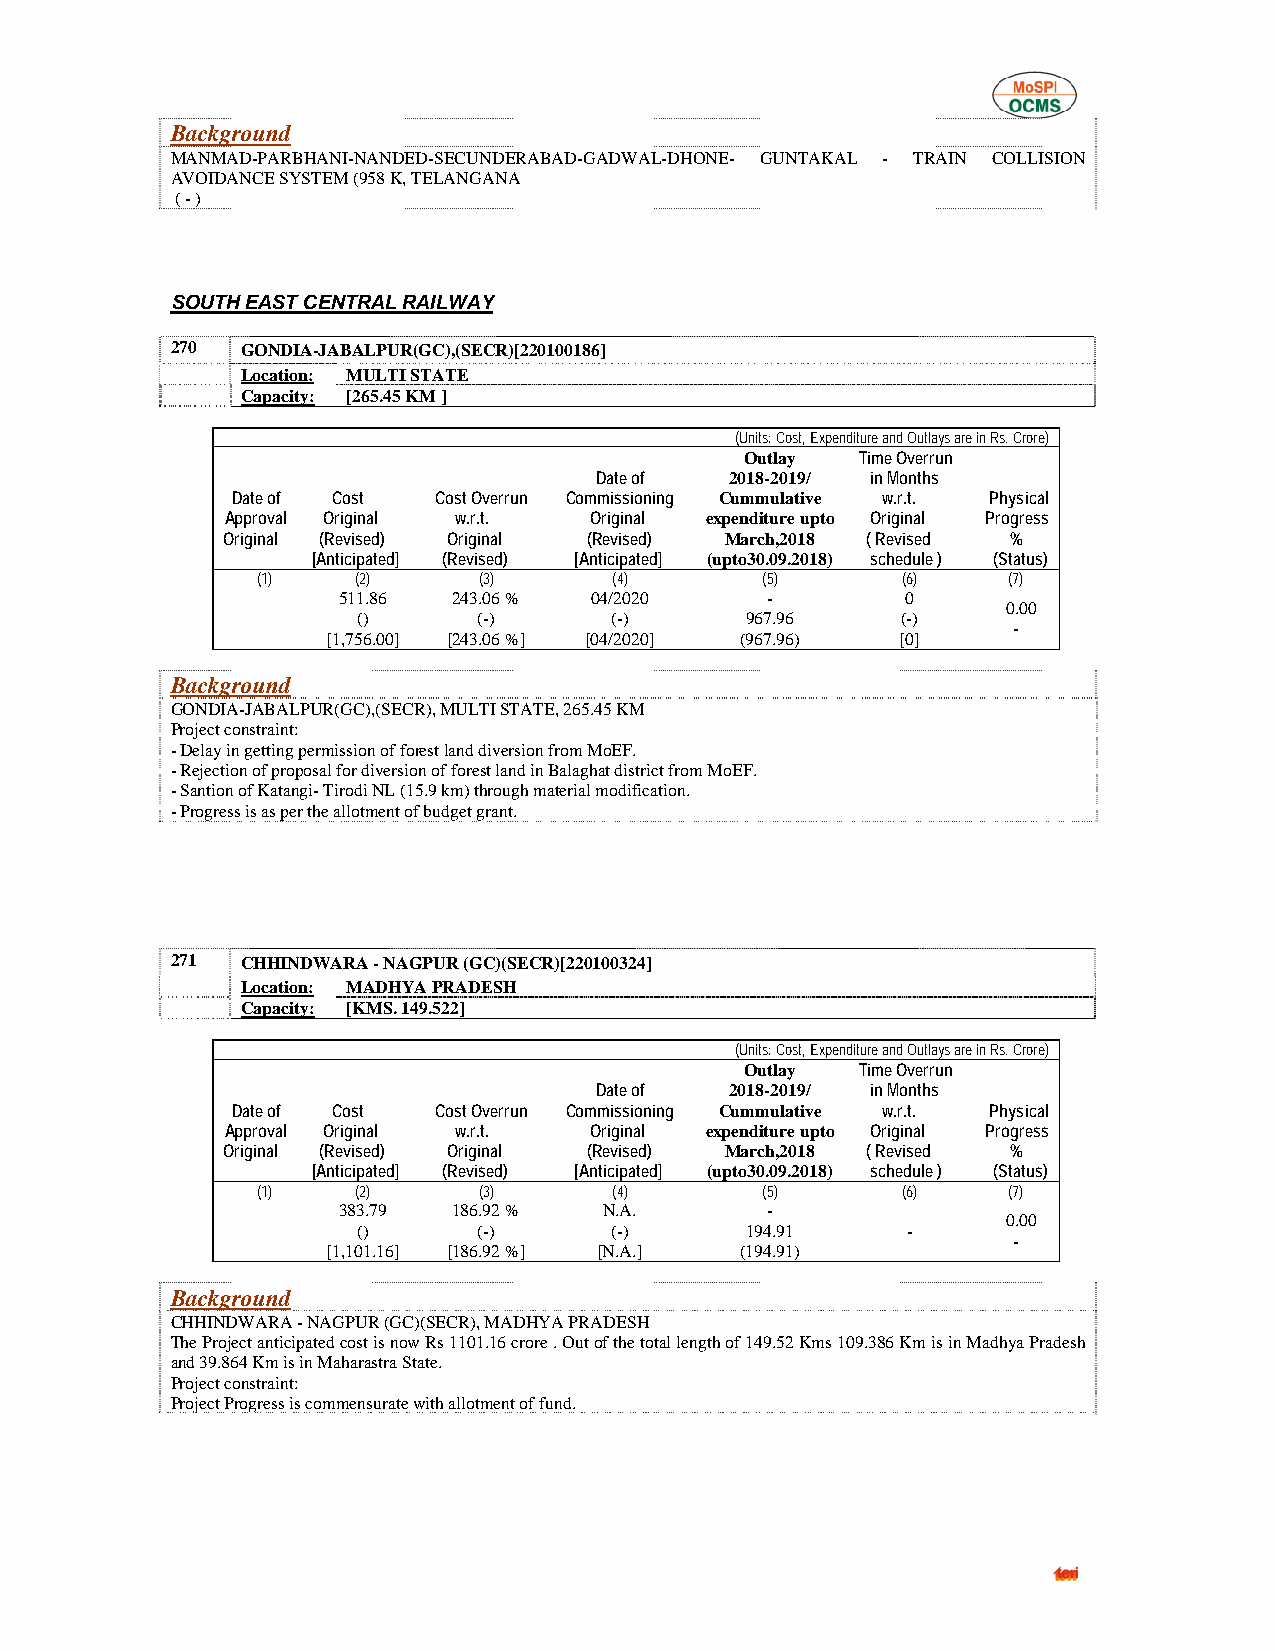
Background
 MANMAD-PARBHANI-NANDED-SECUNDERABAD-GADWAL-DHONE- GUNTAKAL - TRAIN COLLISION
 AVOIDANCE SYSTEM (958 K, TELANGANA
 ( - )
 SOUTH EAST CENTRAL RAILWAY
 270  GONDIA-JABALPUR(GC),(SECR)[220100186]
 Location: MULTI STATE
 Capacity: [265.45 KM ]
 (Units: Cost, Expenditure and Outlays are in Rs. Crore)
 Outlay  Time Overrun
 Date of  2018-2019/ in Months
 Date of Cost  Cost Overrun Commissioning Cummulative w.r.t. Physical
 Approval Original w.r.t. Original expenditure upto Original Progress
 Original (Revised) Original (Revised) March,2018 ( Revised %
 [Anticipated] (Revised) [Anticipated] (upto30.09.2018) schedule ) (Status)
 (1)    (2)     (3)      (4)      (5)       (6)    (7)
 511.86  243.06 % 04/2020     -        0
 0.00
 ()      (-)     (-)      967.96     (-)
 -
 [1,756.00] [243.06 %] [04/2020] (967.96) [0]
 Background
 GONDIA-JABALPUR(GC),(SECR), MULTI STATE, 265.45 KM
 Project constraint:
 - Delay in getting permission of forest land diversion from MoEF.
 - Rejection of proposal for diversion of forest land in Balaghat district from MoEF.
 - Santion of Katangi- Tirodi NL (15.9 km) through material modification.
 - Progress is as per the allotment of budget grant.
 271  CHHINDWARA - NAGPUR (GC)(SECR)[220100324]
 Location: MADHYA PRADESH
 Capacity: [KMS. 149.522]
 (Units: Cost, Expenditure and Outlays are in Rs. Crore)
 Outlay  Time Overrun
 Date of  2018-2019/ in Months
 Date of Cost  Cost Overrun Commissioning Cummulative w.r.t. Physical
 Approval Original w.r.t. Original expenditure upto Original Progress
 Original (Revised) Original (Revised) March,2018 ( Revised %
 [Anticipated] (Revised) [Anticipated] (upto30.09.2018) schedule ) (Status)
 (1)    (2)     (3)      (4)      (5)       (6)    (7)
 383.79  186.92 %  N.A.       -
 0.00
 ()      (-)     (-)      194.91     -
 -
 [1,101.16] [186.92 %] [N.A.] (194.91)
 Background
 CHHINDWARA - NAGPUR (GC)(SECR), MADHYA PRADESH
 The Project anticipated cost is now Rs 1101.16 crore . Out of the total length of 149.52 Kms 109.386 Km is in Madhya Pradesh
 and 39.864 Km is in Maharastra State.
 Project constraint:
 Project Progress is commensurate with allotment of fund.